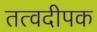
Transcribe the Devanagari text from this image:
तत्वदीपक